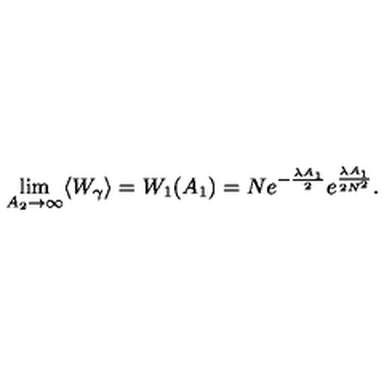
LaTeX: \lim _ { A _ { 2 } \rightarrow \infty } \langle W _ { \gamma } \rangle = W _ { 1 } ( A _ { 1 } ) = N e ^ { - \frac { \lambda A _ { 1 } } { 2 } } e ^ { \frac { \lambda A _ { 1 } } { 2 N ^ { 2 } } } .